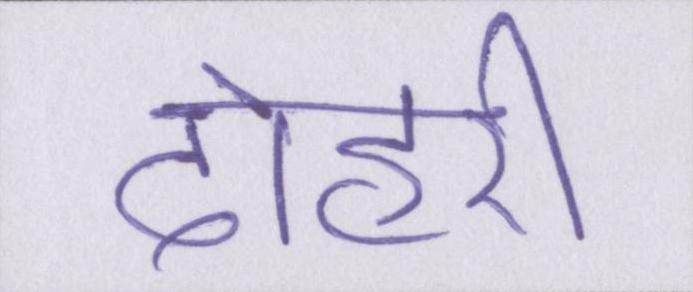
दोहरी